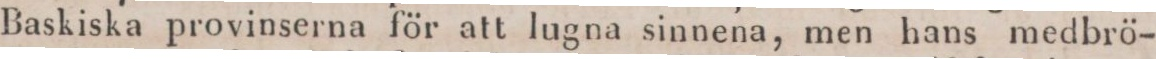
Baskiska provinserna för att lugna sinnena, men hans medbrö-